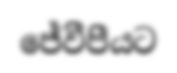
ජේවීපීයට